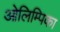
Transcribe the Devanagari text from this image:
ओलिम्पिका